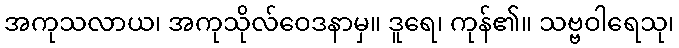
အကုသလာယ၊ အကုသိုလ်ဝေဒနာမှ။ ဒူရေ၊ ကုန်၏။ သဗ္ဗဝါရေသု၊